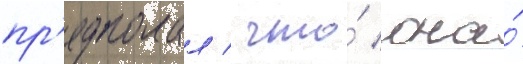
пр'едполал / что́ она́